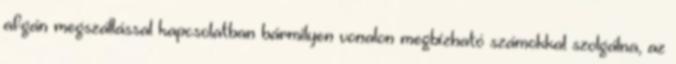
afgán megszállással kapcsolatban bármilyen vonalon megbízható számokkal szolgálna, az